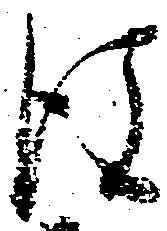
後